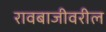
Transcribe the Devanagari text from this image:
रावबाजीवरील